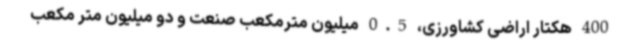
400 هکتار اراضی کشاورزی، 0.5 میلیون مترمکعب صنعت و دو میلیون متر مکعب